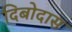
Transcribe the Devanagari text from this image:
दिबोदास